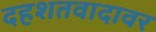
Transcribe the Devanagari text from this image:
दहशतवादावर